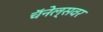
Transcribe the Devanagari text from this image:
चॅनेल्सवर